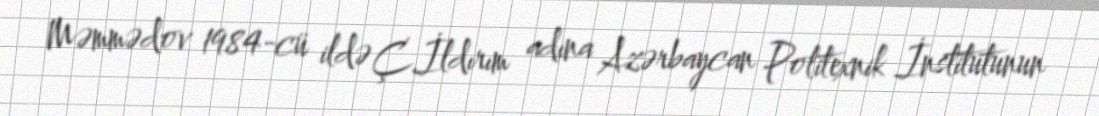
Məmmədov 1984-cü ildə Ç.İldırım adına Azərbaycan Politexnik İnstitutunun